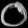
Digit: ၀